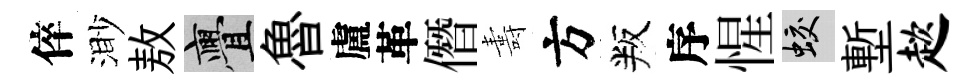
倅渺敖亹魯盧革僭夀方叛序惺蛟塹趑